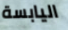
اليابسة